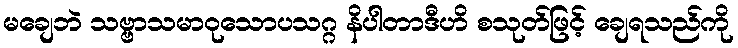
မချေဘဲ သဗ္ဗာသမာဝုသောပသဂ္ဂ နိပါတာဒီဟိ စသုတ်ဖြင့် ချေရသည်ကို